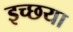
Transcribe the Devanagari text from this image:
इच्छया